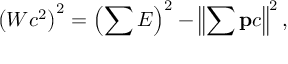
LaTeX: \left( W c ^ { 2 } \right) ^ { 2 } = \left( \sum E \right) ^ { 2 } - \left\| \sum \mathbf { p } c \right\| ^ { 2 } ,